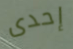
إحدى